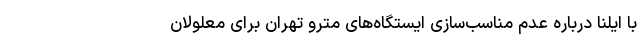
با ایلنا درباره عدم مناسب‌سازی ایستگاه‌های مترو تهران برای معلولان